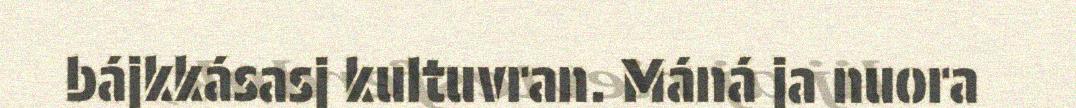
bájkkásasj kultuvran. Máná ja nuora